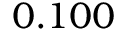
0 . 1 0 0